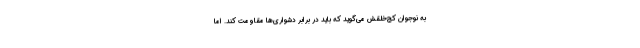
به نوجوان کج‌خلقش می‌گوید که باید در برابر دشواری‌ها مقاومت کند. اما